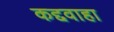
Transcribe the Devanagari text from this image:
कद्दवाहा